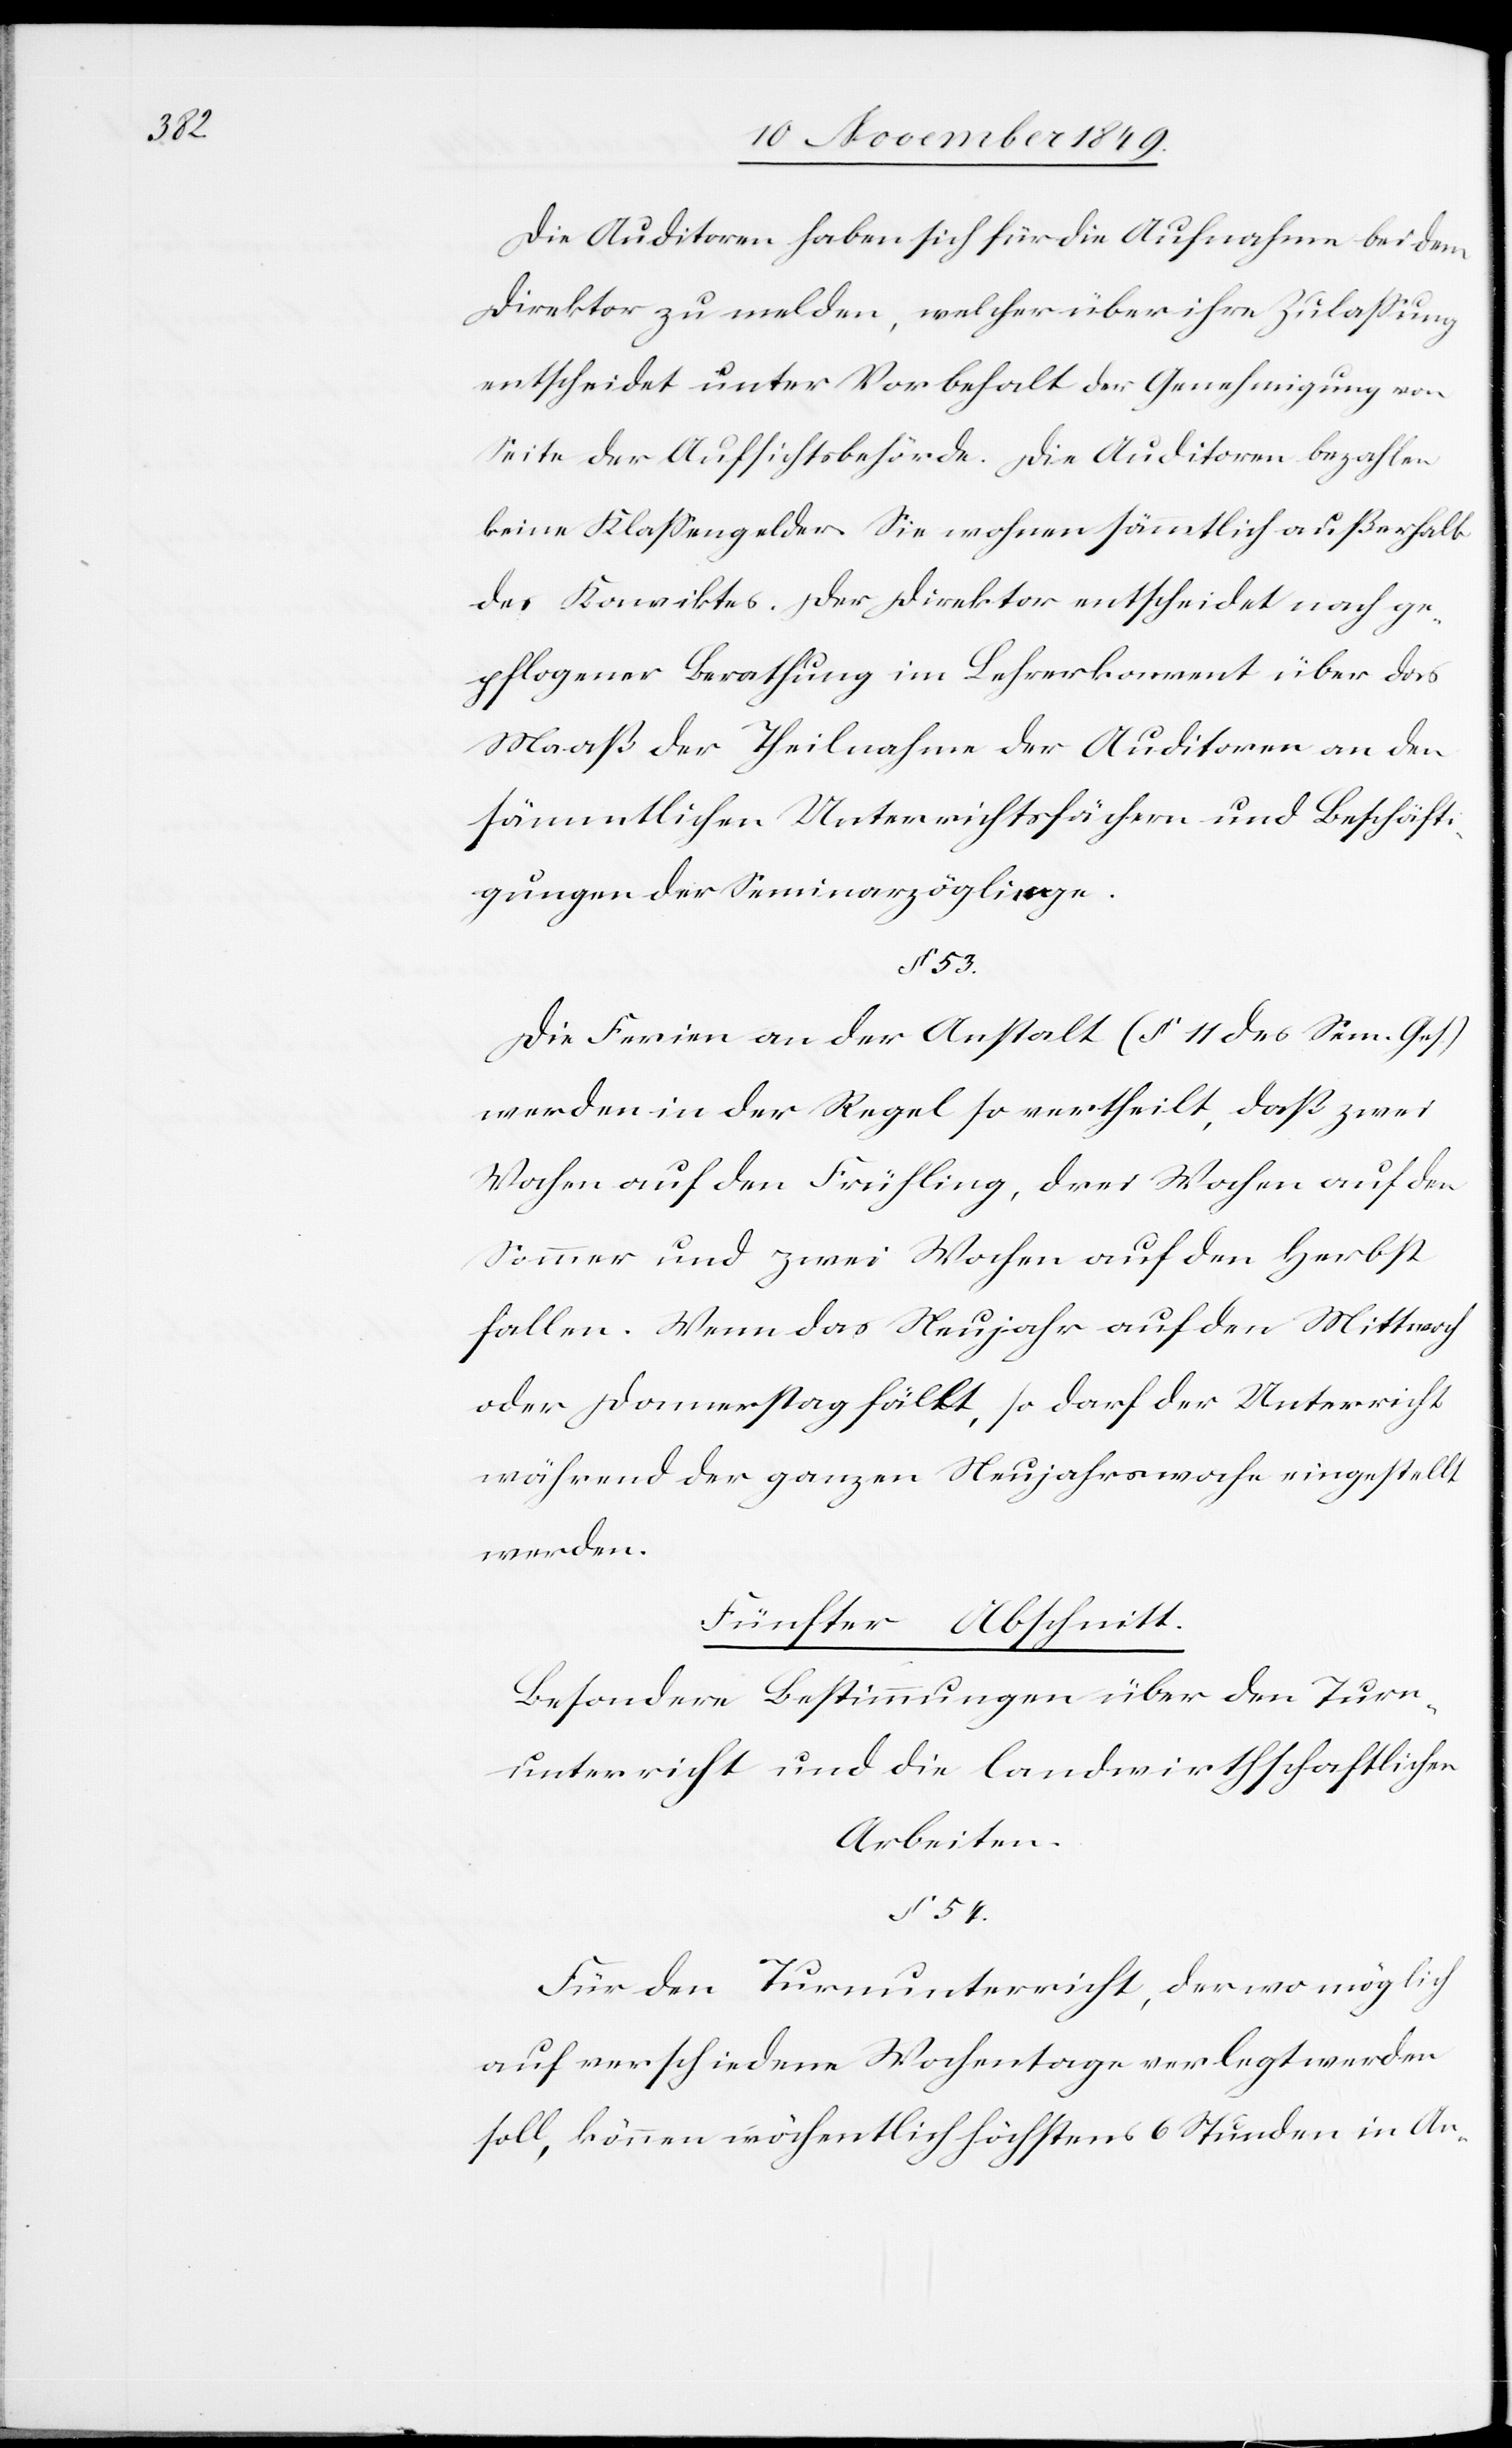
53.

Die Auditoren haben sich für die Aufnahme bei dem
Direktor zu melden, welcher über ihre Zulaßung
entscheidet unter Vorbehalt der Genehmigung von
Seite der Aufsichtsbehörde. Die Auditoren bezahlen
keine Klaßengelder. Sie wohnen sämmtlich außerhalb
des Konviktes. Der Direktor entscheidet nach ge¬
pflogener Berathung im Lehrerkonvent über das
Maaß der Theilnahme der Auditoren an den
sämmtlichen Unterrichtsfächern und Beschäft¬
igungen der Seminarzöglinge.
Die Ferien an der Anstalt (§ 11 des Sem. Ges.)
werden in der Regel so vertheilt, daß zwei
Wochen auf den Frühling, drei Wochen auf den
Sommer und zwei Wochen auf den Herbst
fallen. Wenn das Neujahr auf den Mittwoch
oder Donnerstag fällt, so darf der Unterricht
während der ganzen Neujahrswoche eingestellt
werden.
Fünfter Abschnitt.
Besondere Bestimmungen über den Turn¬
unterricht und die landwirthschaftlichen
Arbeiten.
§ 54.
Für den Turnunterricht, der wo möglich
auf verschiedene Wochentage verlegt werden
soll, können wöchentlich höchstens 6 Stunden in An-